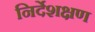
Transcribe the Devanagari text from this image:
निर्देशक्षण